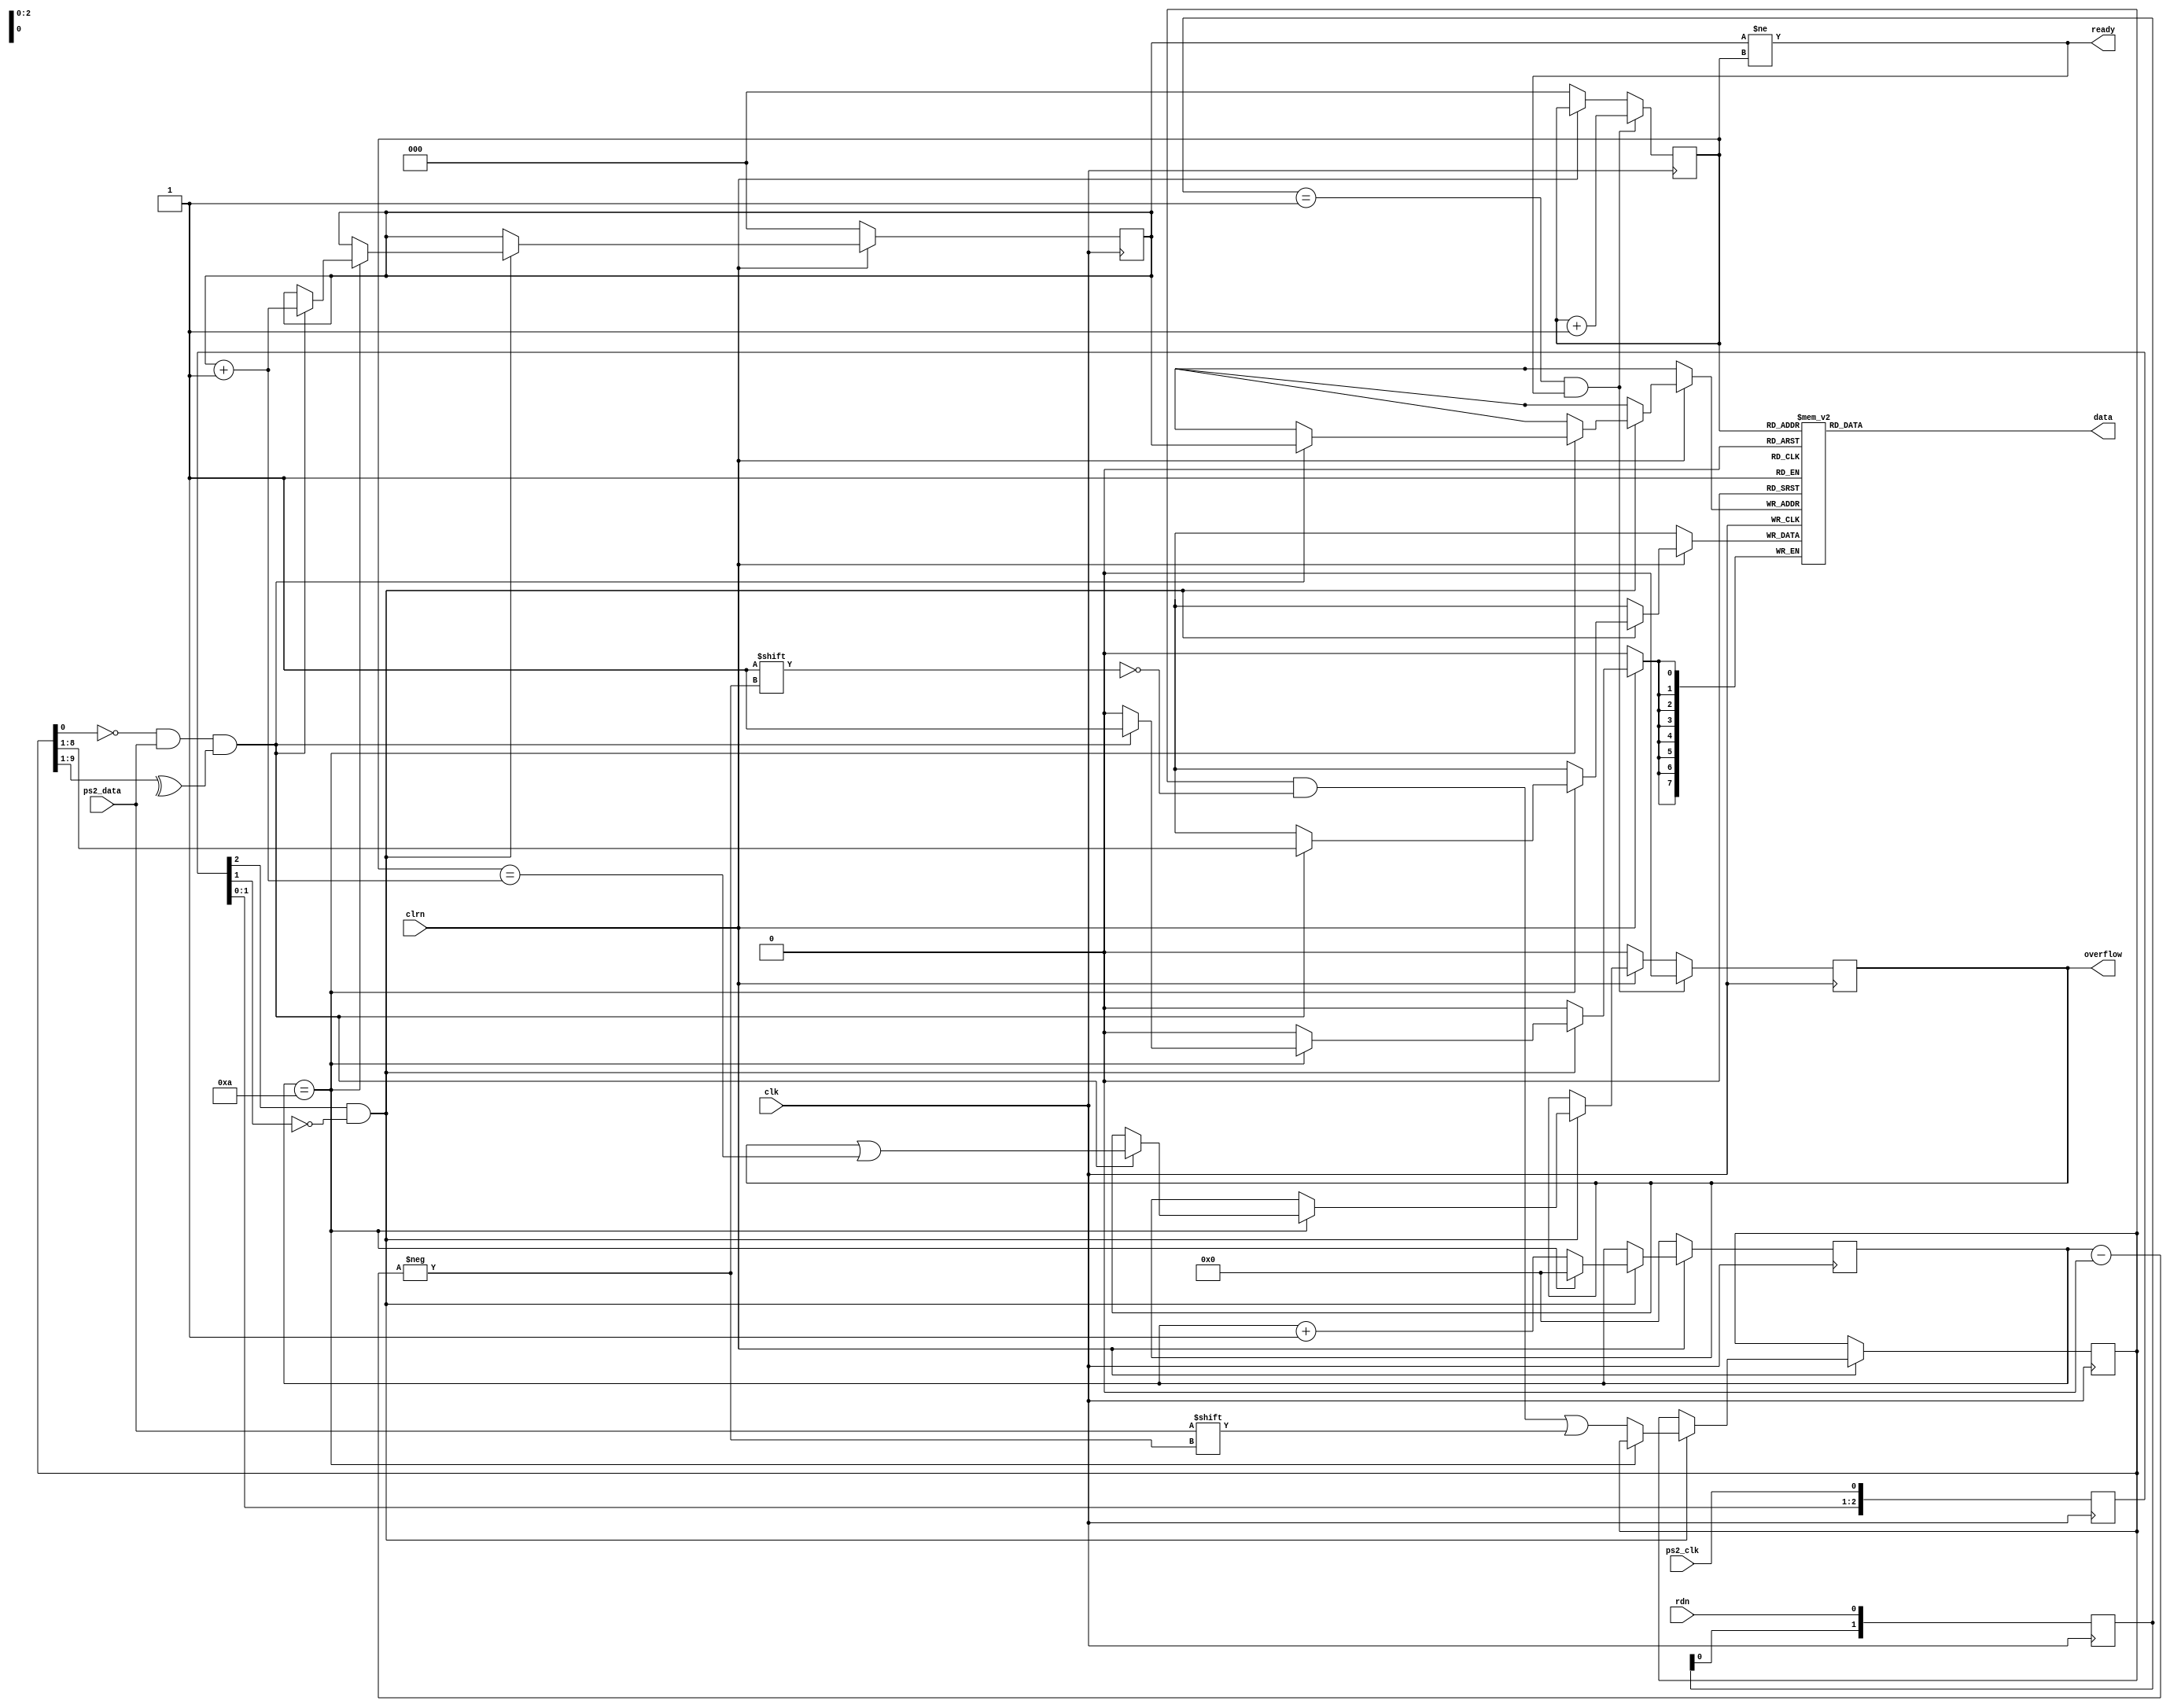
module ps2_kbd (
                clk, 
                clrn, 
                ps2_clk, 
                ps2_data, 
                rdn, 
                data, 
                ready, 
                overflow
                );

	input              	clk, clrn;          // clock and reset (active low)
	input              	ps2_clk, ps2_data;  // ps2 signals from keyboard
	input              	rdn;                // read (active low) signal from cpu
	output     	[ 7: 0] data;               // keyboard code
	output             	ready;              // queue (fifo) state
	output reg         	overflow;           // queue (fifo) overflow

	reg        	[ 3: 0] count;              // count ps2_data bits
	reg        	[ 9: 0] buffer;             // ps2_data bits
	reg        	[ 7: 0] fifoo[7:0];         // data queue (fifo)
	reg        	[ 2: 0] w_ptr, r_ptr;       // fifo write and read pointers
	reg        	[ 2: 0] ps2_clk_sync;       // for detecting the falling-edge of a frame
	integer    	        i;

	initial begin 
        count    <= 0;                     	// clear count
        w_ptr    <= 0;                     	// clear w_ptr
        r_ptr    <= 0;                     	// clear r_ptr
        overflow <= 0;                     	// clear overflow
		for(i = 0; i < 8; i = i + 1) fifoo[i]=0;
	end


	always @ (posedge clk) begin                       // this is a common method to
		ps2_clk_sync <= {ps2_clk_sync[1:0],ps2_clk};       // detect
	end                                                    // falling-edge

	wire sampling = ps2_clk_sync[2] & ~ps2_clk_sync[1];    // (start bit)

	reg [1:0] rdn_falling;
	
	always @ (posedge clk) begin
		rdn_falling <= {rdn_falling[0],rdn};
		if (clrn == 0) begin
			count 		<= 0;
			w_ptr 		<= 0;
			r_ptr 		<= 0;
			overflow 	<= 0;
		end else if (sampling) begin
			if (count == 4'd10) begin                  // for one frame
				if ((buffer[0] == 0) && (ps2_data) && (^buffer[9:1])) begin // odd prity
					fifoo[w_ptr] <= buffer[8:1];       // write fifo
					w_ptr <= w_ptr + 3'b1;             // w_ptr++
					overflow <= overflow | (r_ptr == (w_ptr + 3'b1));
				end
			count <= 0;                                // for next
			end else begin                             // within one frame
				buffer[count]   <= ps2_data;           // store ps2_data
				count           <= count + 3'b1;       // count ps2_data bits
			end
		end

		if ((rdn_falling == 2'b01) && ready) begin     // when cpu reads fifo
			r_ptr    <= r_ptr + 3'b1;                  // r_ptr++
			overflow <= 0;                             // clear overflow
		end
	end

	assign ready   = (w_ptr != r_ptr);                 // fifo has data
	assign data    = fifoo[r_ptr];                     // fifo data
endmodule